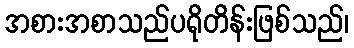
အစားအစာသည်ပရိုတိန်းဖြစ်သည်၊